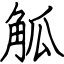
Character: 觚